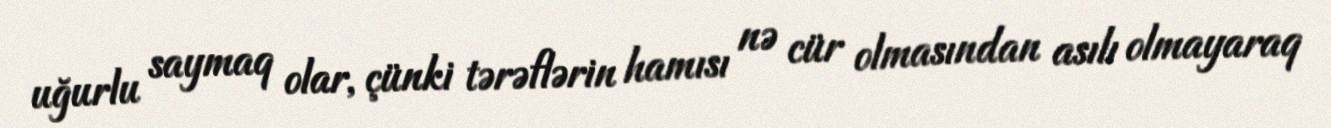
uğurlu saymaq olar, çünki tərəflərin hamısı nə cür olmasından asılı olmayaraq